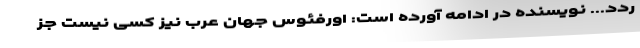
ردد... نویسنده در ادامه آورده است: اورفئوس جهان عرب نیز کسی نیست جز